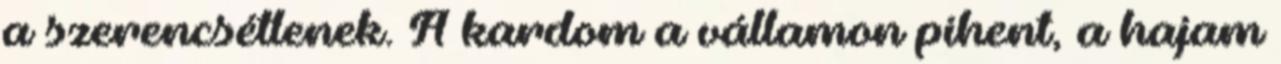
a szerencsétlenek. A kardom a vállamon pihent, a hajam